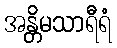
အန္တိမသာရီရံ